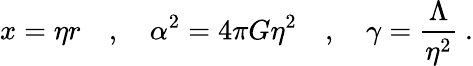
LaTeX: x=\eta r\quad,\quad\alpha^{2}=4\pi G\eta^{2}\quad,\quad\gamma=\frac{\Lambda}{\eta^{2}}\ .